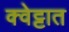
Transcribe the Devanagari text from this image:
क्वेट्टात